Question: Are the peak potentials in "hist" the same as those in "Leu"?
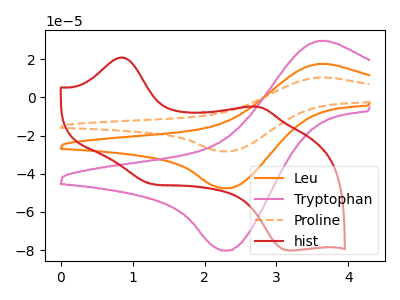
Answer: <think>The orange curve "Leu" has an anodic peak at (3.60V, 17.55uA) and a cathodic peak at (2.30V, -47.60uA). The pink curve "Tryptophan" has an anodic peak at (3.60V, 29.60uA) and a cathodic peak at (2.30V, -80.20uA). The orange dashed curve "Proline" has an anodic peak at (3.60V, 35.10uA) and a cathodic peak at (2.30V, -95.15uA). The red curve "hist" has anodic peaks at (0.85V, 20.95uA) (2.75V, -4.90uA) and cathodic peaks at (1.25V, -45.30uA) (3.15V, -80.15uA).</think>
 <answer>No, "hist" and "Leu" have a different number of peaks.</answer>
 <eval>different_amount</eval>